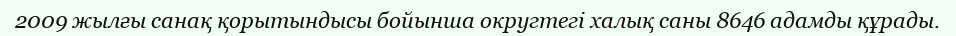
2009 жылғы санақ қорытындысы бойынша округтегі халық саны 8646 адамды құрады.